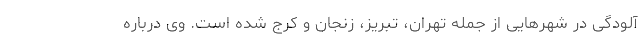
آلودگی در شهرهایی از جمله تهران، تبریز، زنجان و کرج شده است. وی درباره